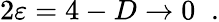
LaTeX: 2\varepsilon=4-D\to 0\; \; .